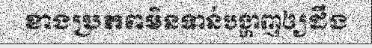
ខាងប្រភពមិនទាន់បង្ហាញឲ្យដឹង